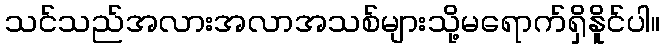
သင်သည်အလားအလာအသစ်များသို့မရောက်ရှိနိူင်ပါ။